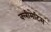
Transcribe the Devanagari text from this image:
क्लीमेटिस